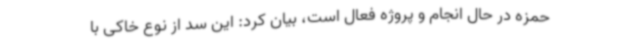
حمزه در حال انجام و پروژه فعال است، بیان کرد: این سد از نوع خاکی با